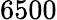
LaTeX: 6500